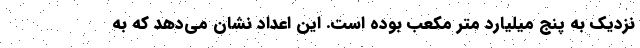
نزدیک به پنج میلیارد متر مکعب بوده است. این اعداد نشان می‌دهد که به